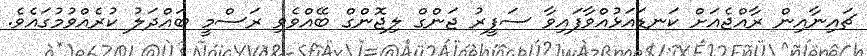
ޗައިނާއިން ރާއްޖެއަށް ކަނޑައަޅުއްވާފައިވާ ސަފީރު ޖަންގް ލިޖޮންގް ބޭއްވެވި ރަސްމީ ބައްދަލު ކުރެއްވުމުގައެެވެ.